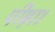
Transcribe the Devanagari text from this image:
पीढ़ा।